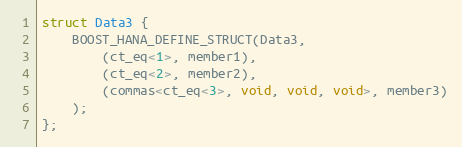
Language: C++
struct Data3 {
    BOOST_HANA_DEFINE_STRUCT(Data3,
        (ct_eq<1>, member1),
        (ct_eq<2>, member2),
        (commas<ct_eq<3>, void, void, void>, member3)
    );
};